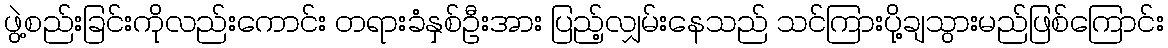
ဖွဲ့စည်းခြင်းကိုလည်းကောင်း တရားခံနှစ်ဦးအား ပြည့်လျှမ်းနေသည် သင်ကြားပို့ချသွားမည်ဖြစ်ကြောင်း